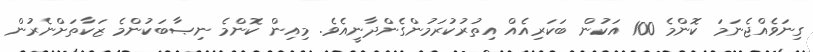
ގިނަވެއްޖެނަމަ ކޮންމެ 100 އަކުން ބަކަރިއެއް އިތުރުކުރަމުންގެންދާނީއެވެ. މިއިން ކޮންމެ ނިޞާބަކުންމެ ޒަކާތަށްނެރުން